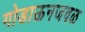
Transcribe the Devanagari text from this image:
गोडाऊनजवळ